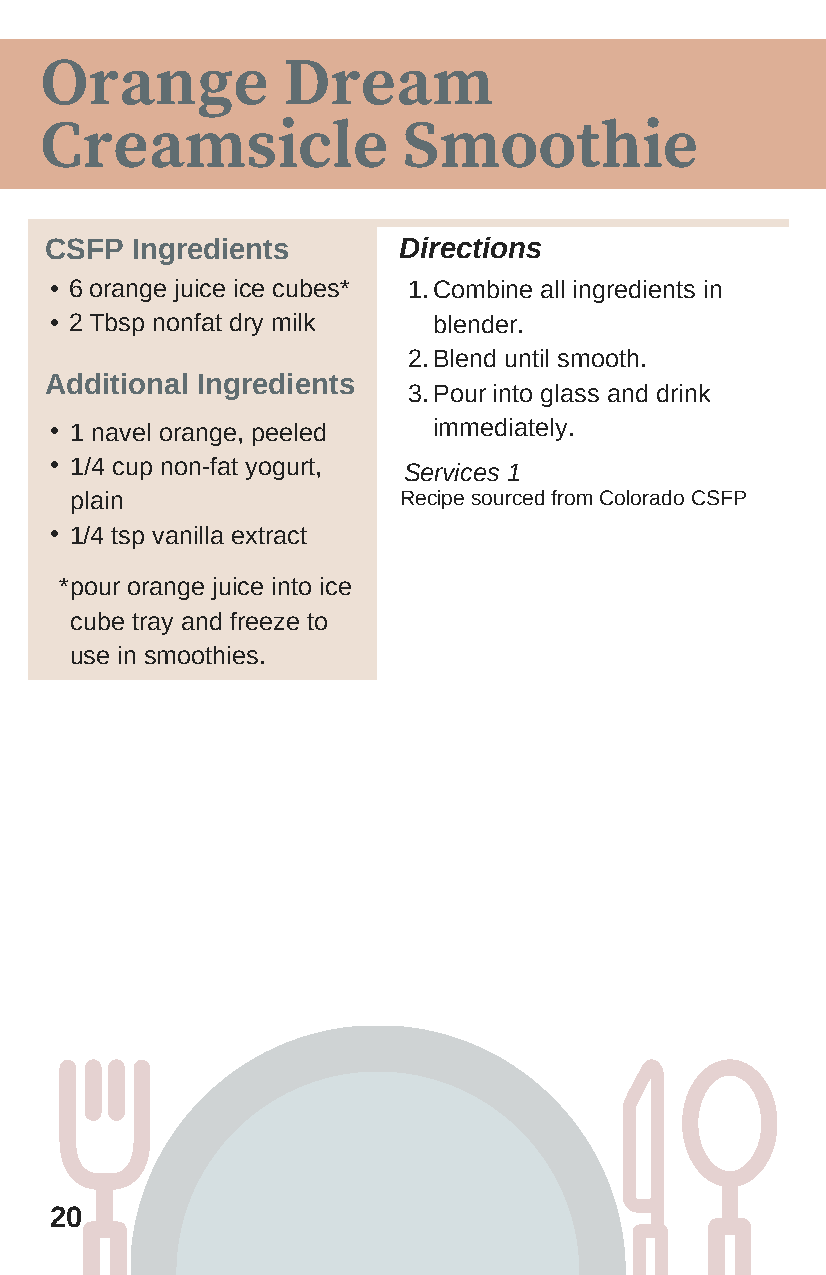
Orange          Dream
 Creamsicle              Smoothie
 CSFP  Ingredients      Directions
 • 6 orange juice ice cubes* 1. Combine all ingredients in
 • 2 Tbsp nonfat dry milk  blender.
 2. Blend until smooth.
 Additional Ingredients
 3. Pour into glass and drink
 • 1 navel orange, peeled  immediately.
 • 1/4 cup non-fat yogurt, Services 1
 plain                R ecipe sourced from Colorado CSFP
 • 1/4 tsp vanilla extract
 *pour orange juice into ice
 cube tray and freeze to
 use in smoothies.
 20